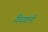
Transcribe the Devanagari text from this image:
विधवांनी